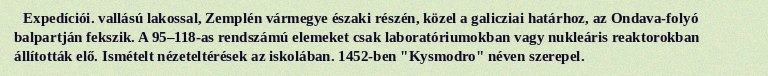
Expedíciói. vallású lakossal, Zemplén vármegye északi részén, közel a galicziai határhoz, az Ondava-folyó balpartján fekszik. A 95–118-as rendszámú elemeket csak laboratóriumokban vagy nukleáris reaktorokban állították elő. Ismételt nézeteltérések az iskolában. 1452-ben "Kysmodro" néven szerepel.